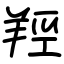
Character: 羥